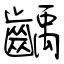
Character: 齲